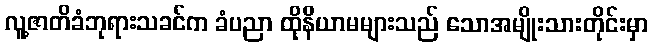
လူ့ဇာတိခံဘုရားသခင်က ခံပညာ ထိုနိယာမများသည် သောအမျိုးသားတိုင်းမှာ